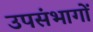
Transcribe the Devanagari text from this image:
उपसंभागों